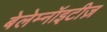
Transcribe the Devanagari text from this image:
बेलेम्नॉइटीज़